Leaving Certificate Examination (including Day School Certificate (Higher) General paper), 1936
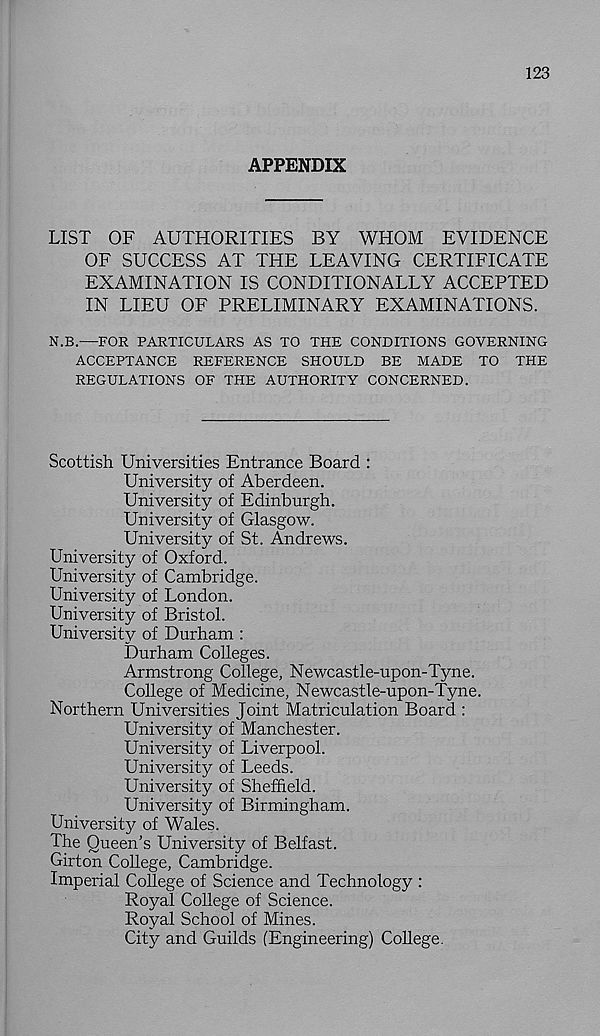
123
APPENDIX
LIST OF AUTHORITIES BY WHOM EVIDENCE
OF SUCCESS AT THE LEAVING CERTIFICATE
EXAMINATION IS CONDITIONALLY ACCEPTED
IN LIEU OF PRELIMINARY EXAMINATIONS.
N.B.—FOR PARTICULARS AS TO THE CONDITIONS GOVERNING
ACCEPTANCE REFERENCE SHOULD BE MADE TO THE
REGULATIONS OF THE AUTHORITY CONCERNED.
Scottish Universities Entrance Board :
University of Aberdeen.
University of Edinburgh.
University of Glasgow.
University of St. Andrews.
University of Oxford.
University of Cambridge.
University of London.
University of Bristol.
University of Durham :
Durham Colleges.
Armstrong College, Newcastle-upon-Tyne.
College of Medicine, Newcastle-upon-Tyne.
Northern Universities Joint Matriculation Board :
University of Manchester.
University of Liverpool.
University of Leeds.
University of Sheffield.
University of Birmingham.
University of Wales.
The Queen’s University of Belfast.
Girton College, Cambridge.
Imperial College of Science and Technology :
Royal College of Science.
Royal School of Mines.
City and Guilds (Engineering) College.